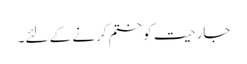
جارحیت کو ختم کرنے کے لئے۔